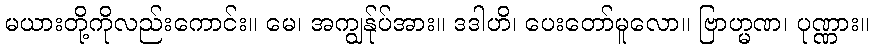
မယားတို့ကိုလည်းကောင်း။ မေ၊ အကျွန်ုပ်အား။ ဒဒါဟိ၊ ပေးတော်မူလော။ ဗြာဟ္မဏ၊ ပုဏ္ဏား။